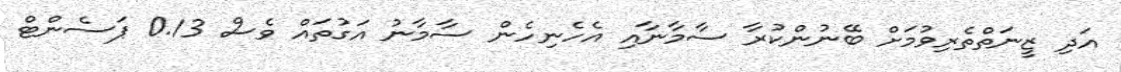
އަދި ޒީނަތްތެރިވުމަށް ބޭނުންކުރާ ސާމާނާއި އެހެނިހެން ސާމާނު އަގުތައް ވެސް 0.13 ޕަސެންޓް